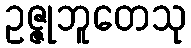
ဥဇ္ဇုဘူတေသု